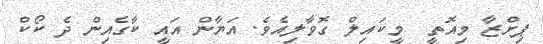
ޕިށްޒާ މިއޮތީ  މީކައިލް ގޮވާލިއެވެ. އަޔާން އައީ ކާގެއިން ދެ ކޯކް